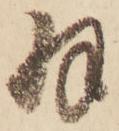
羽